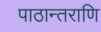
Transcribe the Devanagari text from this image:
पाठान्तराणि